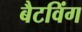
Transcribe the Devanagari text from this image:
बैटविंग